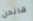
هانحن